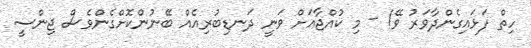
ހިތް ފަޅައިގެންދާވަރު ވޭ! - މި ކުއްޖާއަށް ވަނީ ދަނޑިބުރިއެއް ބޭނުންކޮށްގެންވެސް ޖިންސީ